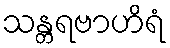
သန္တရဗာဟိရံ